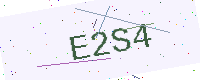
Text: E2S4